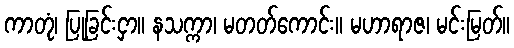
ကာတုံ၊ ပြုခြင်းငှာ။ နသက္ကာ၊ မတတ်ကောင်း။ မဟာရာဇ၊ မင်းမြတ်။